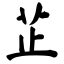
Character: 芷